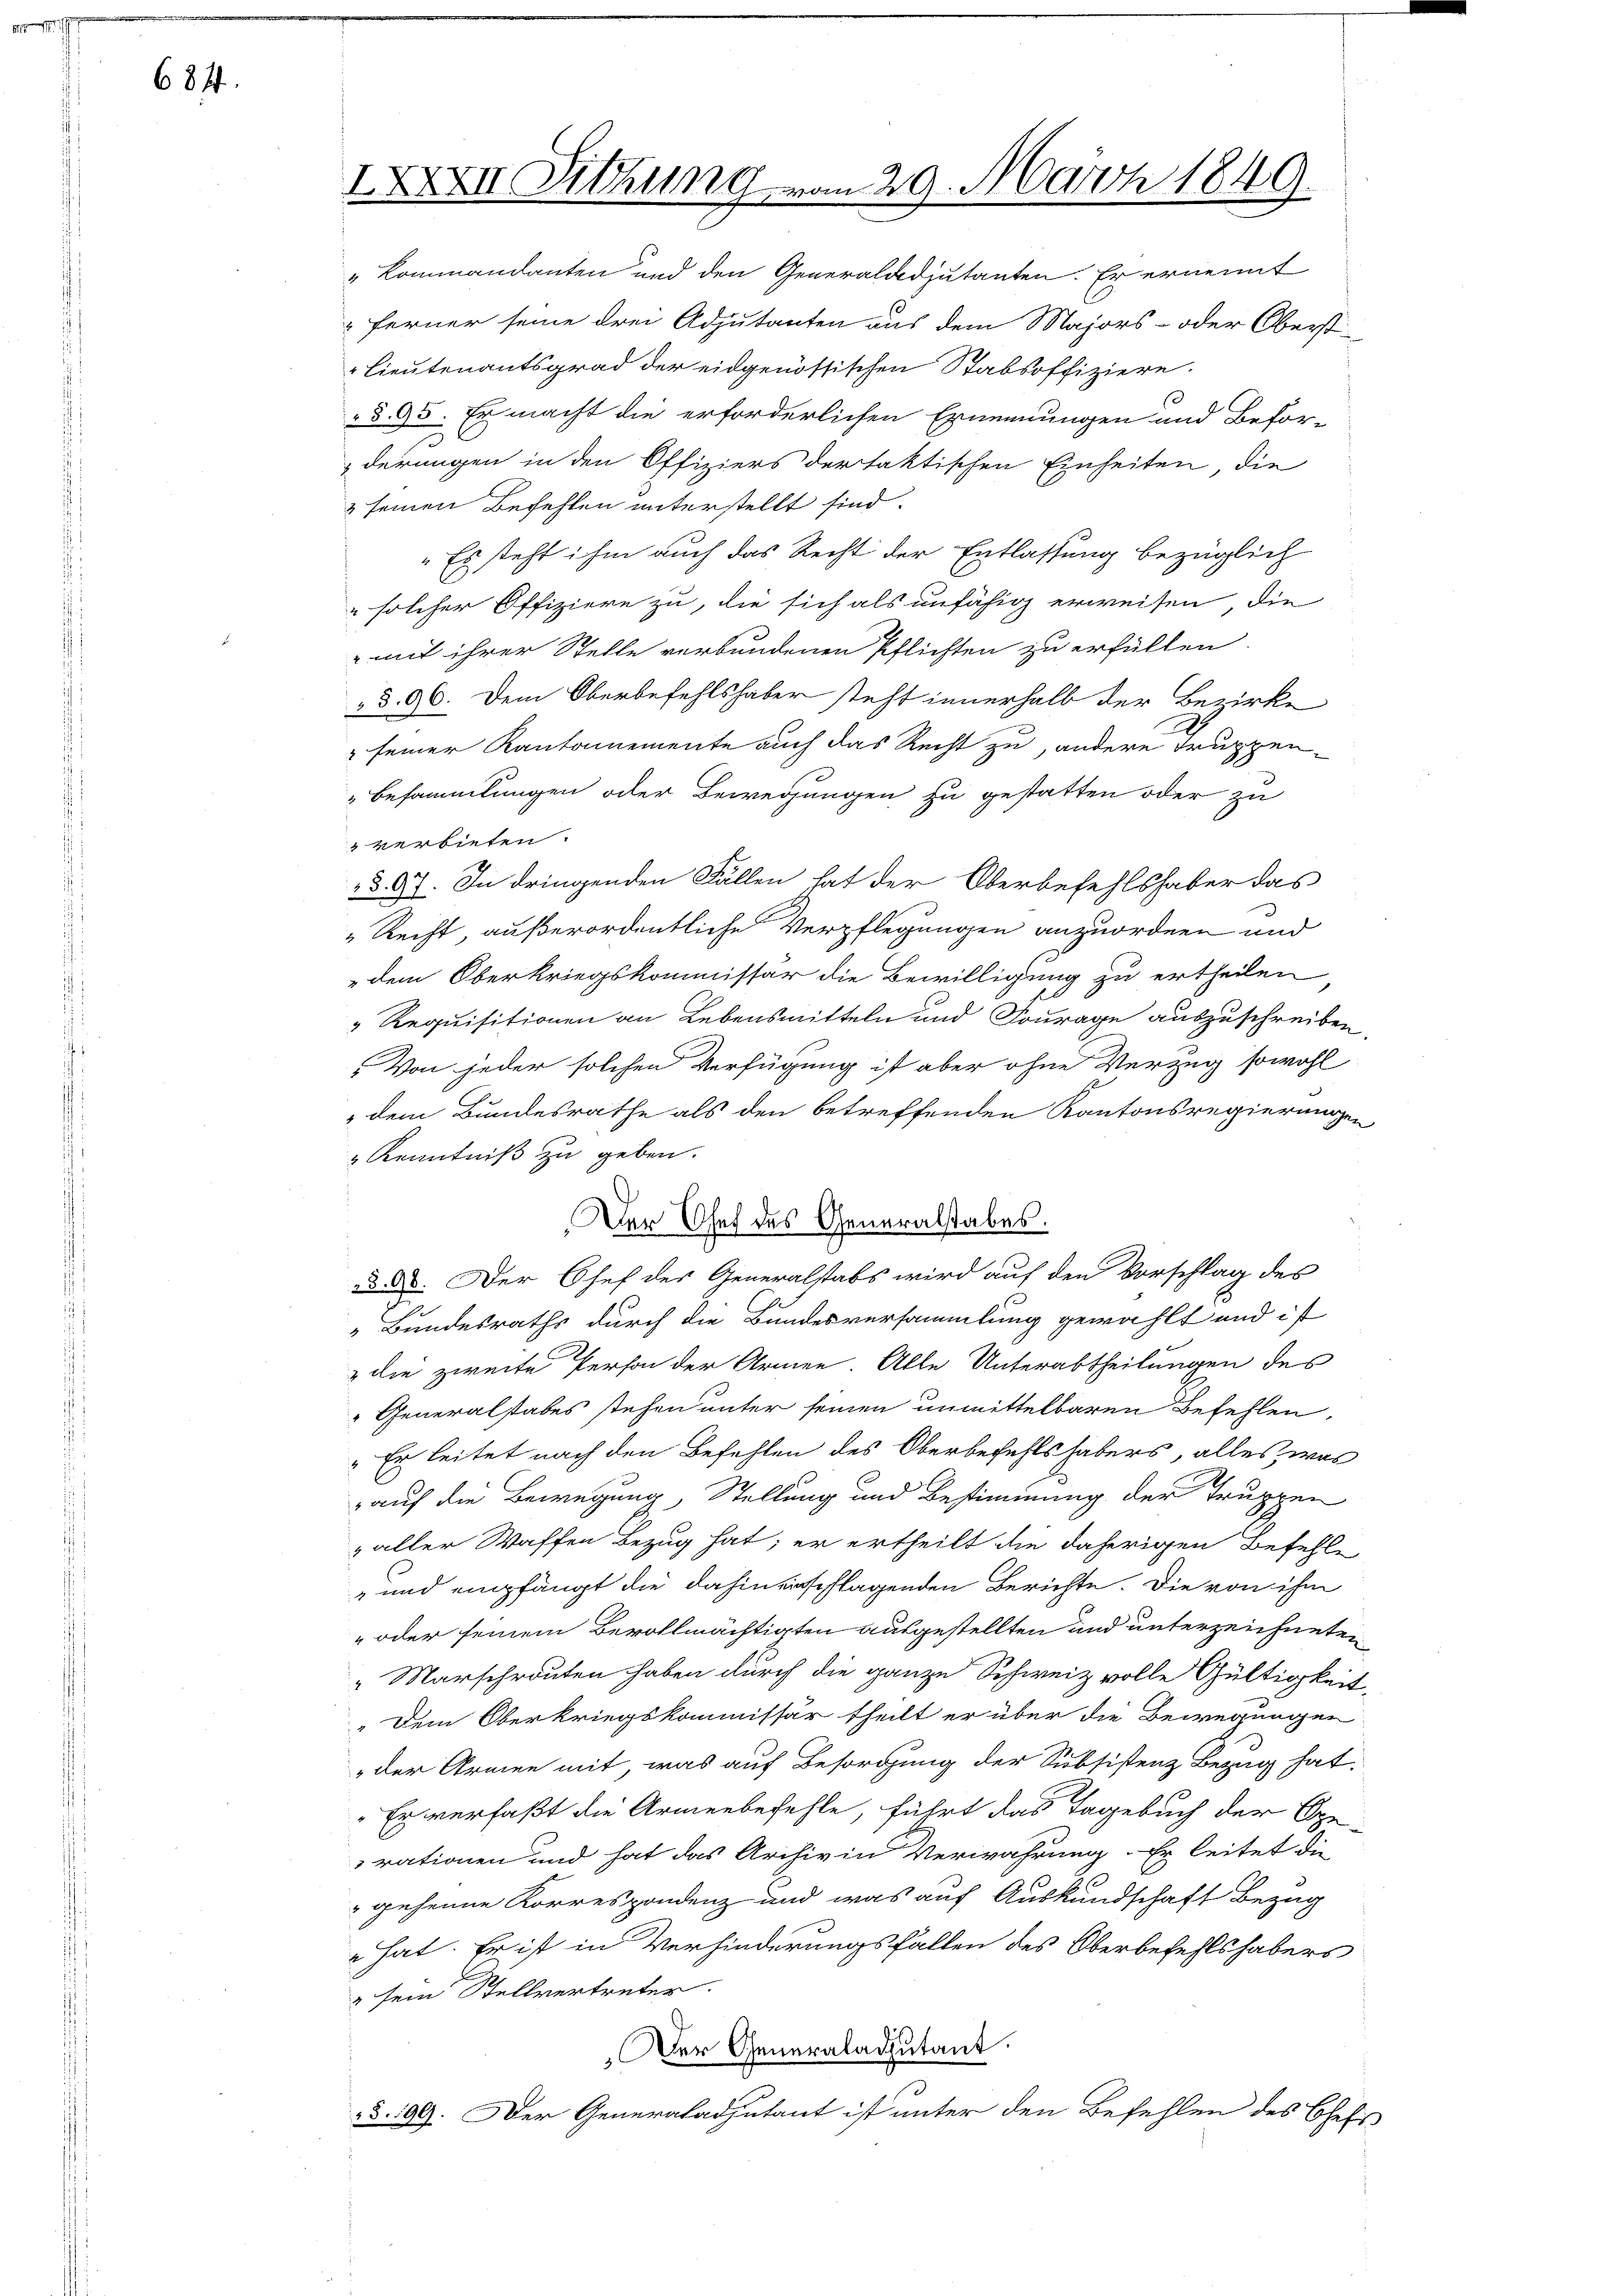
¬

684.

IXXXII Sitzung vom 29. März 1849.

„Kommandanten und den Generaladjutanten. Er ernennt
Ferner seine drei Adjutanten aus dem Majors- oder Oberst-
Lieutenantsgrad der eidgenössischen Stabsoffiziere.
§ 95. Er macht die erforderlichen Ernennungen und Beför-
derungen in den Offiziers der taktischen Einheiten, die
& seinen Befehlen unterstellt sind.
"Es steht ihm auch das Recht der Entlassung bezüglich
" solcher Offiziere zu, die sich als unfähig erweisen, die
 mit ihrer Stelle verbundenen Pflichten zu erfüllen
§ 96. Dem Oberbefehlshaber steht innerhalb der Bezirke
" seiner Kantonemente auch das Recht zu, andere Truppen¬
Besammlungen oder Bewegungen zu gestatten oder zu
verbieten.
§. 97. In dringenden Fällen hat der Oberbefehlshaber das
" Recht, außerordentliche Verpflegungen anzuordnen und
dem Oberkriegskommissär die Bewilligung zu ertheilen
" Requisitionen an Lebensmitteln und Fourage auszuschreiben
Von jeder solchen Verfügung ist aber ohne Verzug sowohl
dem Bundesrathe als den betreffenden Kantonsregierungen
 Kenntniß zu geben.
Der Chef des Generalstabes.
d. d. Der Chef der Generalstabs wird auf den Vorschlag des
 Bundesraths durch die Bundesversammlung gewählt und ist
 die zweite Person der Armen. Alle Unterabtheilungen des
"Generalstabes stehen unter seinen unmittelbaren Befehlen,
„Er leitet nach den Befehlen des Oberbefehlshabers, alles, was
auf die Bewegung, Stellung und Bestimmung der Truppen
& aller Waffen Bezug hat; er ertheilt die daherigen Befehle
" und empfängt die dahin erschlagenden Berichte. Die von ihm
oder seinem Bevollmächtigten ausgestellten und unterzeichneten
Marschrouten haben durch die ganze Schweiz volle Gültigkeit¬
„Dem Oberkriegskommissär theilt er über die Bewegungen
„der Armen mit, was auf Besorgung der Subsistenz Bezug hat.
"Er verfaßt die Armenbefehle, führt das Tagebuch der Operationen und hat das Archiv in Verwahrung. Er leitet die
" geheime Korrespondenz und was auf Auskundschaft Bezug
 hat. Er ist in Verhinderungsfällen des Oberbefehlshabers
" sein Stellvertreter.
Der Generaladjutant.
§. 109. Der Generaladjutant ist unter den Befehlen des Chefi¬